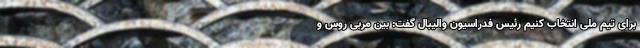
برای تیم ملی انتخاب کنیم رئیس فدراسیون والیبال گفت: بین مربی روس و